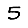
Digit: 5